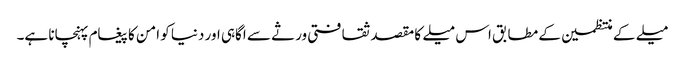
میلے کے منتظمین کے مطابق اس میلے کا مقصد ثقافتی ورثے سے اگاہی اور دنیا کو امن کا پیغام پہنچانا ہے۔